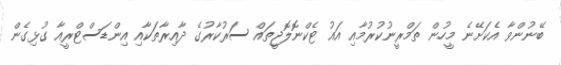
ބޭނުންވާ އެކަށޭނެ މީހުން ތަމްރީނުކުރުމާއި އައު ޓެކްނޮލޮޖީތައް ސަރުކާރުގެ ދާއިރާތަކާއި އިންޑަސްޓްރީއާ ގުޅިގެން